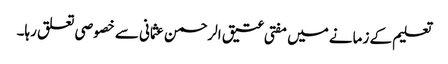
تعلیم کے زمانے میں مفتی عتیق الرحمن عثمانی سے خصوصی تعلق رہا۔